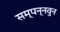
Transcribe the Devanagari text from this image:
सम्पन्नवुन